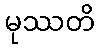
မုဿတိ